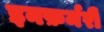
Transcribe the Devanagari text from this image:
इनफ़र्मरी